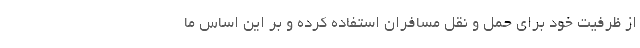
از ظرفیت خود برای حمل و نقل مسافران استفاده کرده و بر این اساس ما